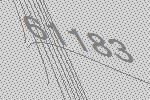
61183